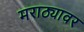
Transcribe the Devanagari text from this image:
मराठ्यावर